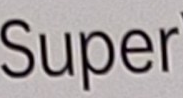
Super